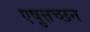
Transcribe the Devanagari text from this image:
एष़ुत्तच्छन